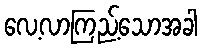
လေ့လာကြည့်သောအခါ